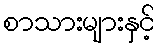
စာသားများနှင့်